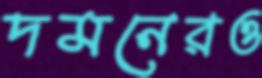
দমনেরও